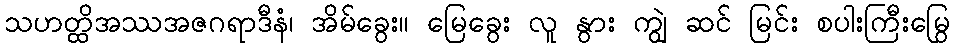
သဟတ္ထိအဿအဇဂရာဒီနံ၊ အိမ်ခွေး။ မြေခွေး လူ နွား ကျွဲ ဆင် မြင်း စပါးကြီးမြွေ